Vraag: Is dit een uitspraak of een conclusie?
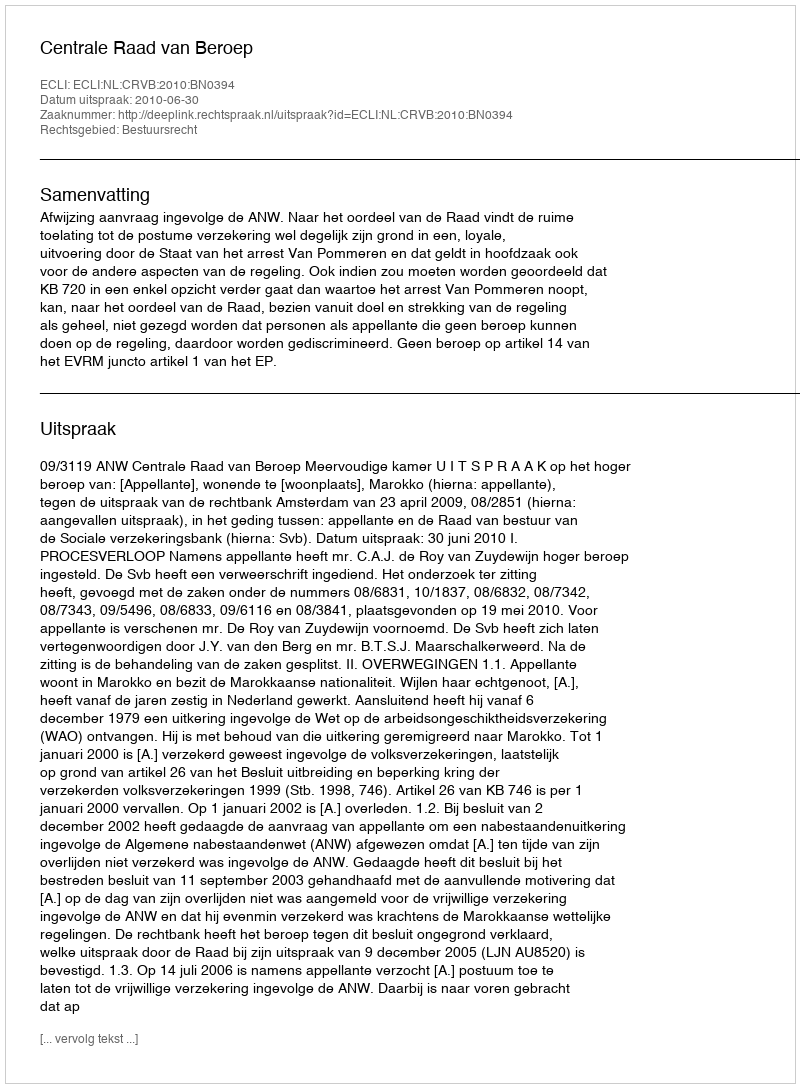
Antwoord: Uitspraak